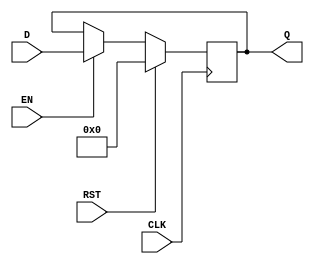
module D_FF (D, EN, CLK, RST, Q);
	
	parameter width = 18;
	parameter REG_EN = 1;

	input [width-1:0]D;
	input EN, CLK, RST;
	output [width-1:0]Q;

	reg [width-1:0]Q_Reg;

	assign Q = REG_EN ? Q_Reg : D ;

	always @(posedge CLK) begin
		if(RST)
			Q_Reg <= 0;
		else if(EN) begin
			Q_Reg <= D; 
		end
	end

endmodule